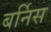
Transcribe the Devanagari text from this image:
बर्निस